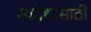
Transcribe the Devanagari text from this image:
स्वदेशासाठी